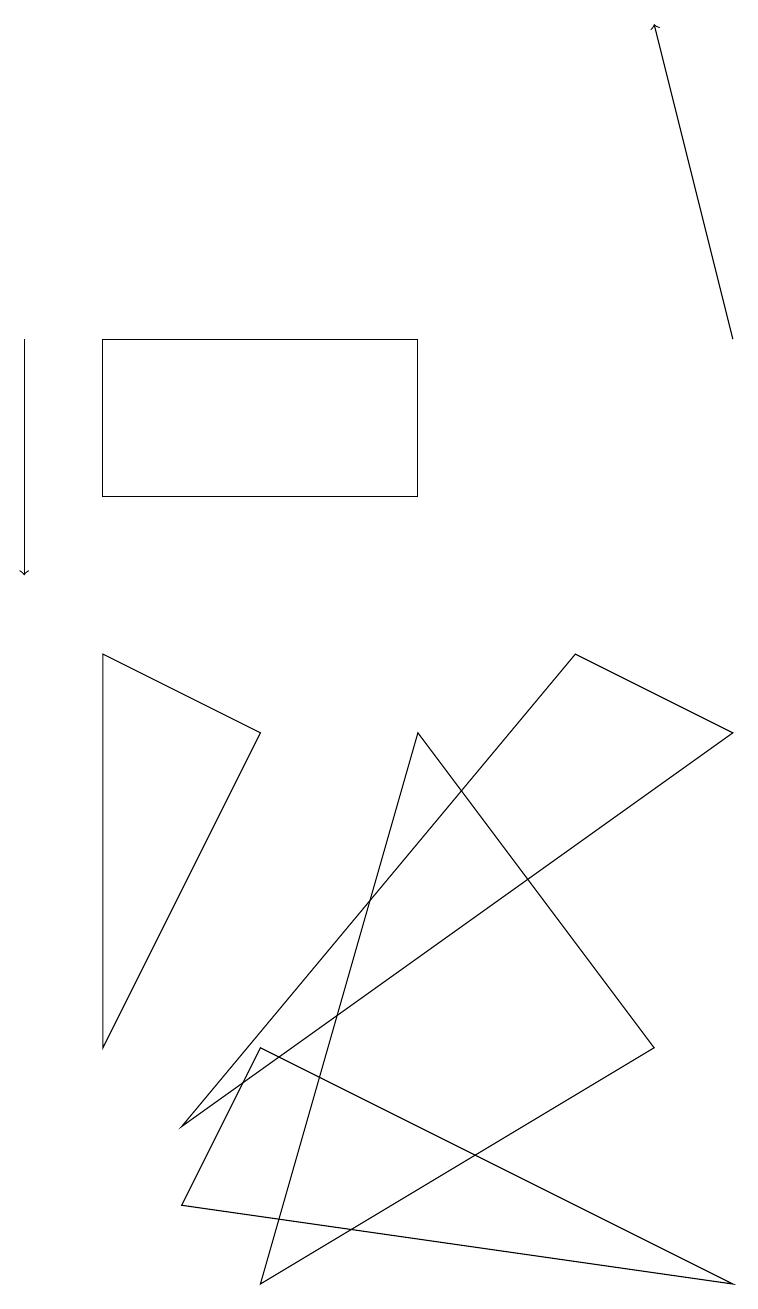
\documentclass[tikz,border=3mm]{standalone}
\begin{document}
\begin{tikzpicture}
\draw (1,13) rectangle (5,11);
\draw[->] (0,13) -- (0,10);
\draw (1,4) -- (3,8) -- (1,9) -- cycle;
\draw[->] (9,13) -- (8,17);
\draw (8,4) -- (3,1) -- (5,8) -- cycle;
\draw (9,1) -- (2,2) -- (3,4) -- cycle;
\draw (9,8) -- (7,9) -- (2,3) -- cycle;
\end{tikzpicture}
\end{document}